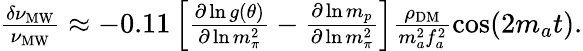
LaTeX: \begin{array}{r}{\frac{\delta\nu_{\mathrm{MW}}}{\nu_{\mathrm{MW}}}\approx-0.11\left[\frac{\partial\ln g(\theta)}{\partial\ln m_{\pi}^{2}}-\frac{\partial\ln m_{p}}{\partial\ln m_{\pi}^{2}}\right]\frac{\rho_{\mathrm{DM}}}{m_{a}^{2}f_{a}^{2}}\cos(2m_{a}t).}\end{array}